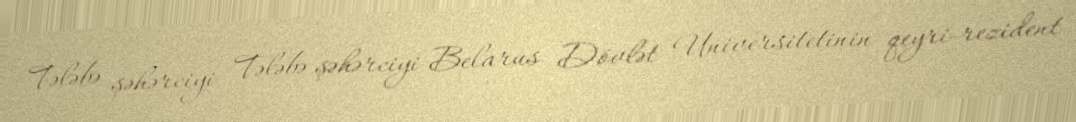
Tələbə şəhərciyi Tələbə şəhərciyi Belarus Dövlət Universitetinin qeyri-rezident